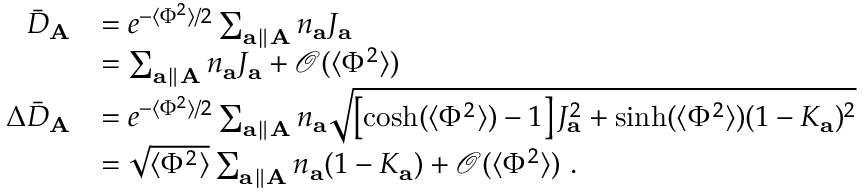
\begin{array} { r l } { \bar { D } _ { \mathbf { A } } } & { = e ^ { - \langle \Phi ^ { 2 } \rangle / 2 } \sum _ { \mathbf { a } \parallel \mathbf { A } } n _ { \mathbf { a } } J _ { \mathbf { a } } } \\ & { = \sum _ { \mathbf { a } \parallel \mathbf { A } } n _ { \mathbf { a } } J _ { \mathbf { a } } + \mathcal { O } ( \langle \Phi ^ { 2 } \rangle ) } \\ { \Delta \bar { D } _ { \mathbf { A } } } & { = e ^ { - \langle \Phi ^ { 2 } \rangle / 2 } \sum _ { \mathbf { a } \parallel \mathbf { A } } n _ { \mathbf { a } } \sqrt { \left[ \cosh ( \langle \Phi ^ { 2 } \rangle ) - 1 \right] J _ { \mathbf { a } } ^ { 2 } + \sinh ( \langle \Phi ^ { 2 } \rangle ) ( 1 - K _ { \mathbf { a } } ) ^ { 2 } } } \\ & { = \sqrt { \langle \Phi ^ { 2 } \rangle } \sum _ { \mathbf { a } \parallel \mathbf { A } } n _ { \mathbf { a } } ( 1 - K _ { \mathbf { a } } ) + \mathcal { O } ( \langle \Phi ^ { 2 } \rangle ) ~ . } \end{array}